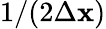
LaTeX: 1/(2\Delta\mathbf{x})